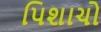
પિશાચો